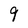
Character: 9